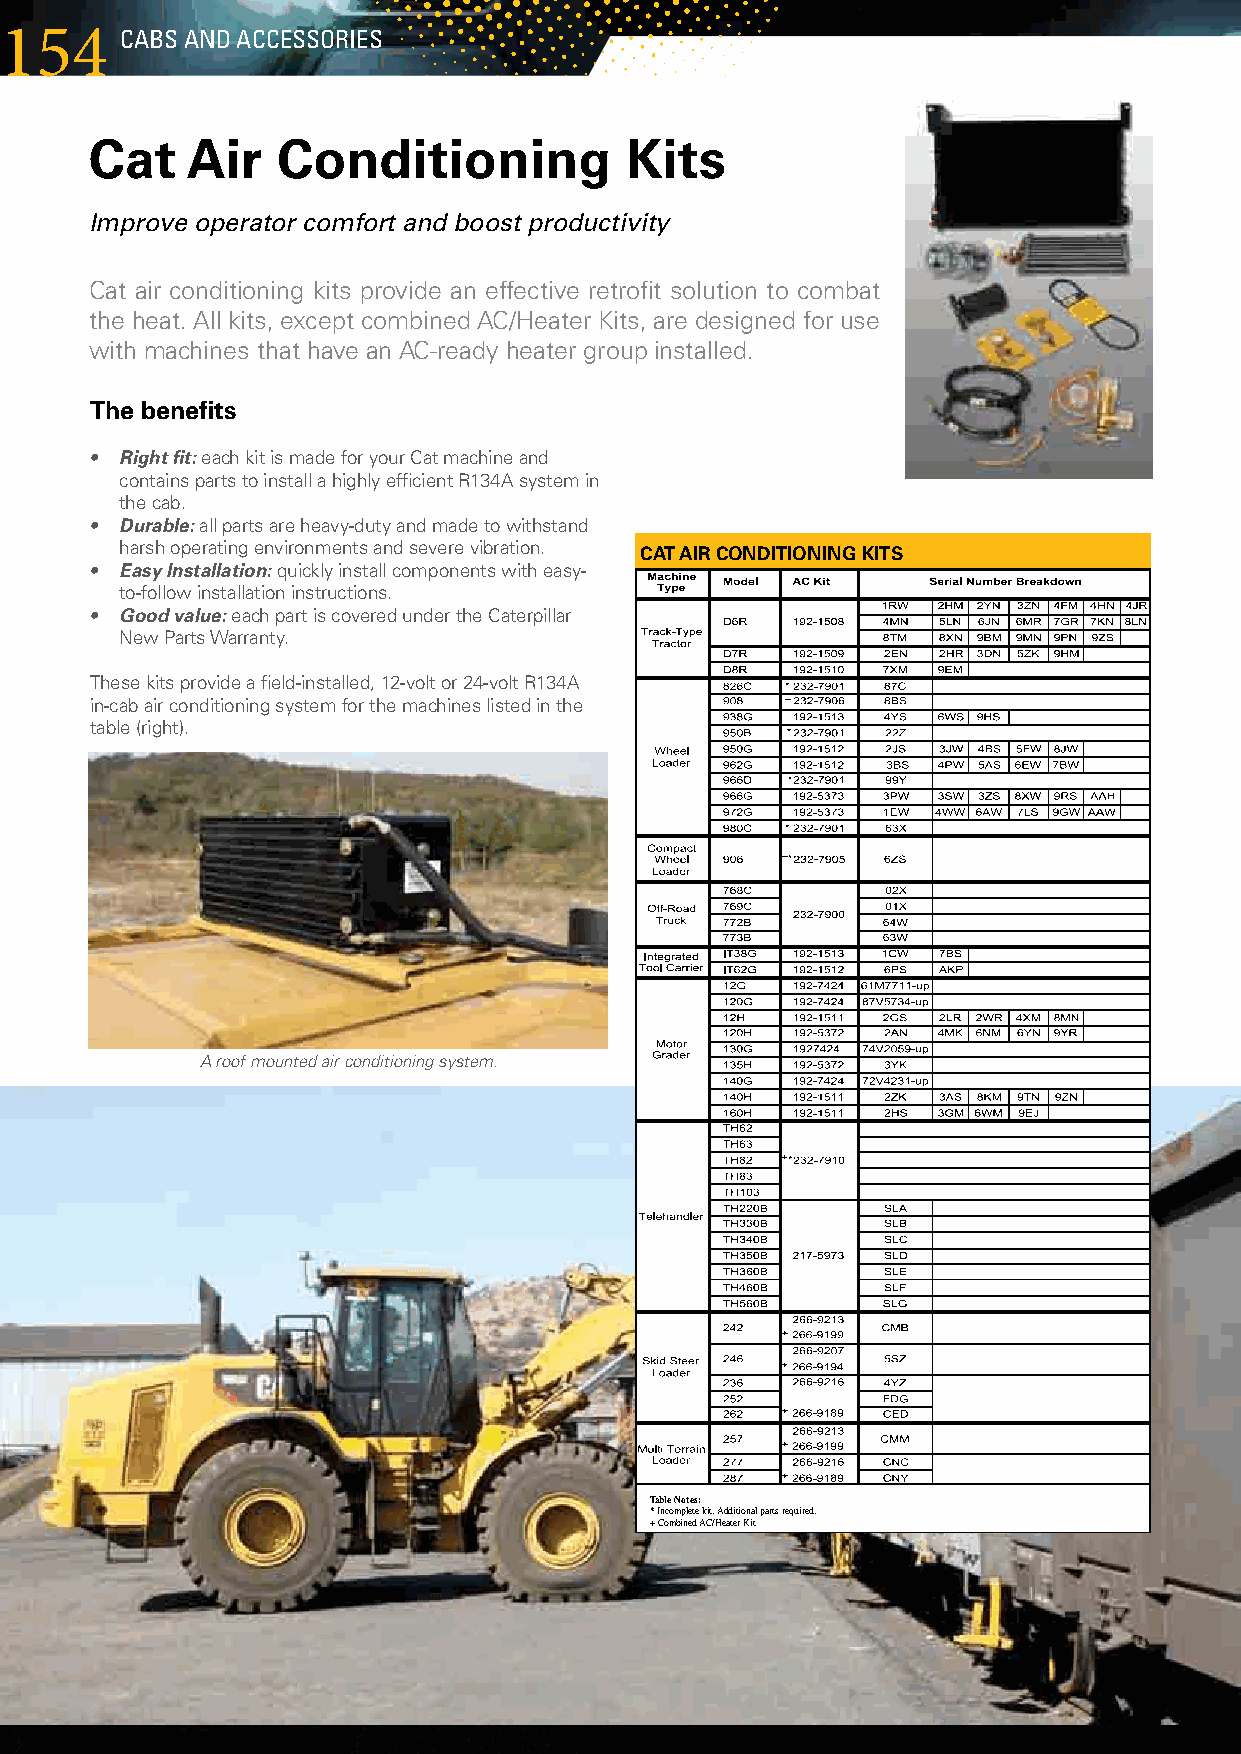
154     cABs AnD AccEssoRIEs
 Cat   Air   Conditioning           Kits
 Improve operator comfort and boost productivity
 Catairconditioningkitsprovideaneffectiveretrofitsolutiontocombat
 theheat.Allkits,exceptcombinedAC/HeaterKits,aredesignedforuse
 withmachinesthathaveanAC-readyheatergroupinstalled.
 The benefits
 • Right fit:eachkitismadeforyourCatmachineand
 containspartstoinstallahighlyefficientR134Asystemin
 thecab.
 • Durable:allpartsareheavy-dutyandmadetowithstand Cat Air Conditioning Kits
 harshoperatingenvironmentsandseverevibration. CAT AIR CONDITIONING KITS
 • Easy Installation:quicklyinstallcomponentswitheasy-
 to-followinstallationinstructions.
 • Good value:eachpartiscoveredundertheCaterpillar
 NewPartsWarranty.
 Thesekitsprovideafield-installed,12-voltor24-voltR134A
 in-cabairconditioningsystemforthemachineslistedinthe
 table(right).
 All kits, except combined
 AC/Heater Kits, are designed for
 use with machines that have an
 AC-ready heater group installed.
 Kits are covered under the
 Caterpillar New Parts Warranty
 and include installation
 instructions and all major
 components and piece parts,
 except as noted below.
 A roof mounted air conditioning system.
 These kits provide a field-installed,
 12-volt or 24-volt R134a in-cab air
 conditioning system for the
 machines listed in the adjacent table.
 For more information, see us today or
 visit our Web site at www.cat.com
 Table Notes:
 * Incomplete kit. Additional parts required.
 + Combined AC/Heater Kit
 PEHJ0148-01 www.cat.com/operatorenvironment © 2006 Caterpillar All Rights Reserved Printed in USA
 CAT, CATERPILLAR, their respective logos, "Caterpillar Yellow" and the POWER EDGE trade dress, as well as corporate and product identity used herein, are trademarks of Caterpillar and
 may not be used without permission.